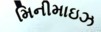
મિનીમાઇઝ